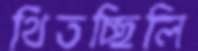
থিতচ্ছিলি